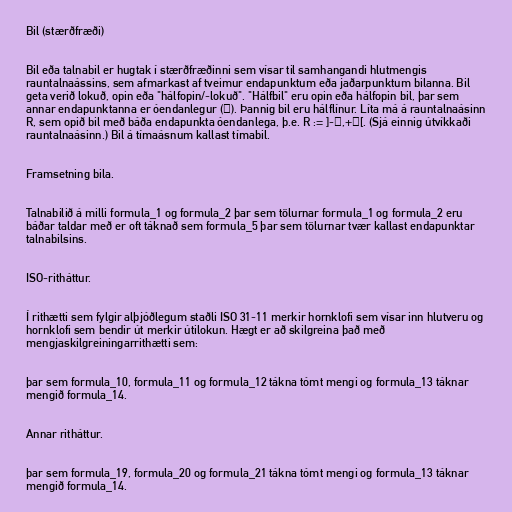
Bil (stærðfræði)

Bil eða talnabil er hugtak í stærðfræðinni sem vísar til samhangandi hlutmengis
rauntalnaássins, sem afmarkast af tveimur endapunktum eða jaðarpunktum bilanna. Bil
geta verið lokuð, opin eða "hálfopin/-lokuð". "Hálfbil" eru opin eða hálfopin bil, þar sem
annar endapunktanna er óendanlegur (∞). Þannig bil eru hálflínur. Líta má á rauntalnaásinn
R, sem opið bil með báða endapunkta óendanlega, þ.e. R := ]-∞,+∞[. (Sjá einnig útvíkkaði
rauntalnaásinn.) Bil á tímaásnum kallast tímabil.

Framsetning bila.

Talnabilið á milli formula_1 og formula_2 þar sem tölurnar formula_1 og formula_2 eru
báðar taldar með er oft táknað sem formula_5 þar sem tölurnar tvær kallast endapunktar
talnabilsins.

ISO-ritháttur.

Í rithætti sem fylgir alþjóðlegum staðli ISO 31-11 merkir hornklofi sem vísar inn hlutveru og
hornklofi sem bendir út merkir útilokun. Hægt er að skilgreina það með
mengjaskilgreiningarrithætti sem:

þar sem formula_10, formula_11 og formula_12 tákna tómt mengi og formula_13 táknar
mengið formula_14.

Annar ritháttur.

þar sem formula_19, formula_20 og formula_21 tákna tómt mengi og formula_13 táknar
mengið formula_14.